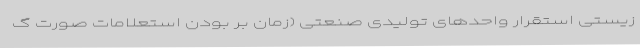
زیستی استقرار واحدهای تولیدی صنعتی (زمان بر بودن استعلامات صورت گ